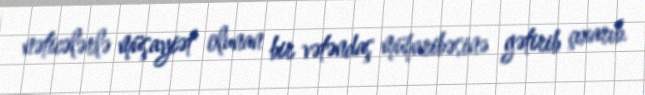
nəticələrlə müşayiət olunan bir vətəndaş müharibəsinə gətirib çıxarıb.